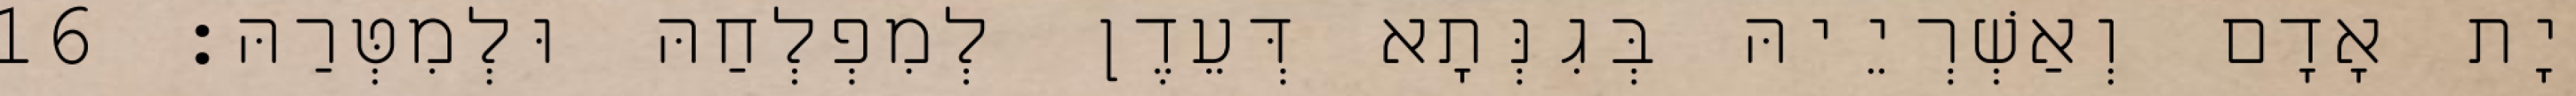
יָת אָדָם וְאַשְׁרְיֵיהּ בְּגִנְּתָא דְּעֵדֶן לְמִפְלְחַהּ וּלְמִטְּרַהּ׃ 16